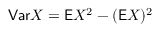
\mathsf { V a r } X = \mathsf E X ^ { 2 } - ( \mathsf E X ) ^ { 2 }